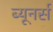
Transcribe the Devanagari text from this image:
ब्यूनर्स